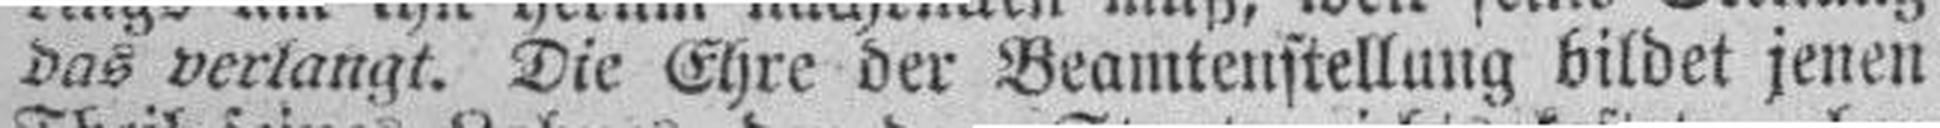
das verlangt. Die Ehre der Beamtenstellung bildet jenen